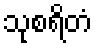
သုစရိတံ